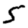
Digit: 5